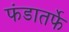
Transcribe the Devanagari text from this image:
फंडातर्फे